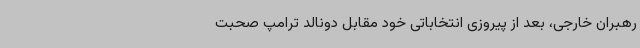
رهبران خارجی، بعد از پیروزی انتخاباتی خود مقابل دونالد ترامپ صحبت